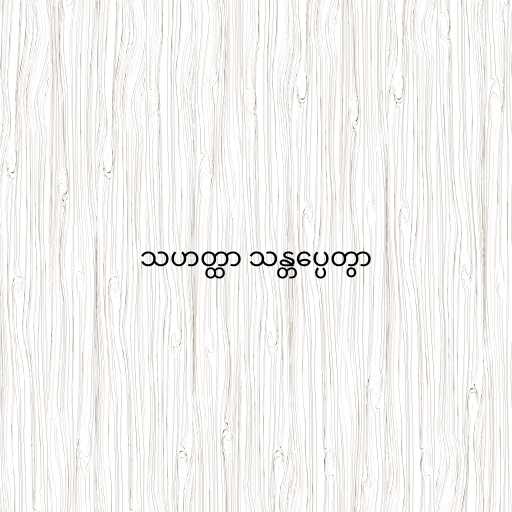
သဟတ္ထာ သန္တပ္ပေတွာ